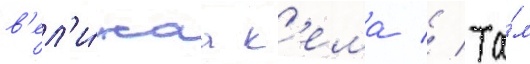
в'ел'и́каа к'ема // Та́м